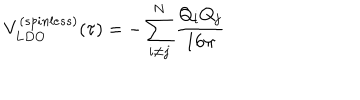
V _ { L D O } ^ { ( s p i n l e s s ) } ( \tau ) = - \sum _ { i \neq j } ^ { N } { \frac { Q _ { i } Q _ { j } } { 1 6 \pi } }